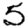
Digit: 5